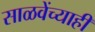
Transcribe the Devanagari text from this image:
साळवेंच्याही